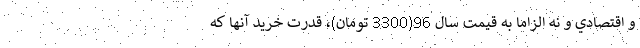
و اقتصادي و نه الزاما به قيمت سال 96(3300 تومان)، قدرت خريد آنها كه